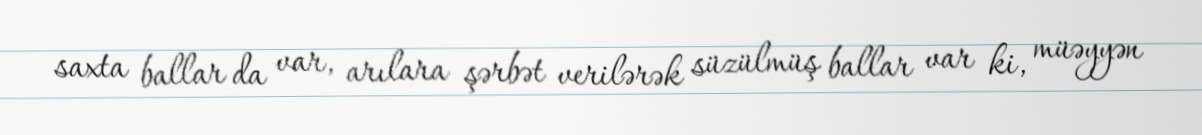
saxta ballar da var, arılara şərbət verilərək süzülmüş ballar var ki, müəyyən